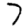
Digit: 7